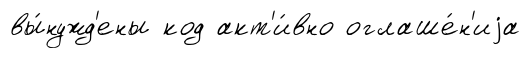
вы́нужд'ены код акт'и́вно оглаше́н'иjа